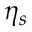
\eta _ { s }